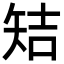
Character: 䂒